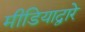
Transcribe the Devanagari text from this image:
मीडियाद्वारे